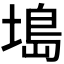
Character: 𫮖